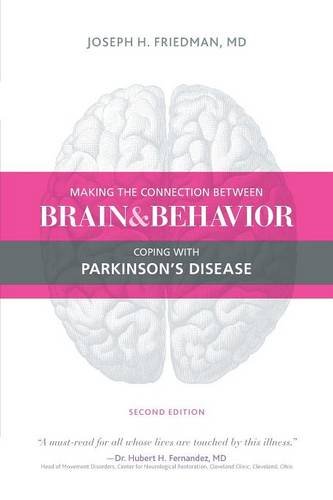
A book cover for Making the Connection Between Brain and Behavior: Coping with Parkinson's Disease; Joseph Friedman MD; Health, Fitness & Dieting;